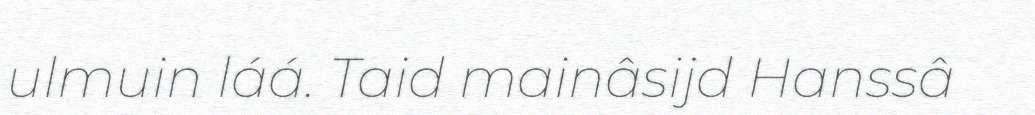
ulmuin láá. Taid mainâsijd Hanssâ